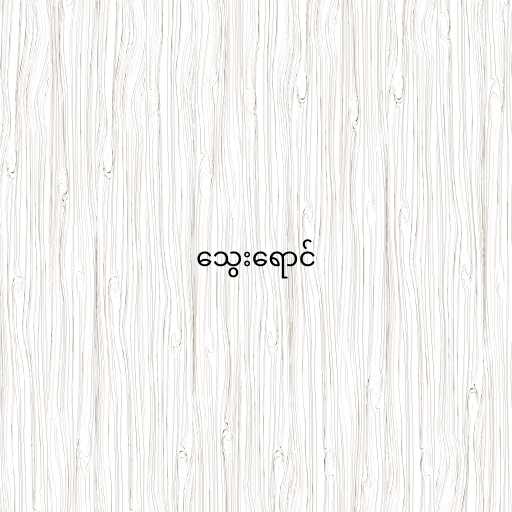
သွေးရောင်